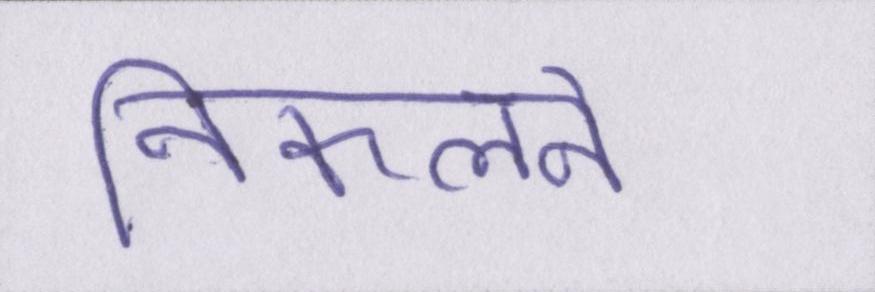
निकलने